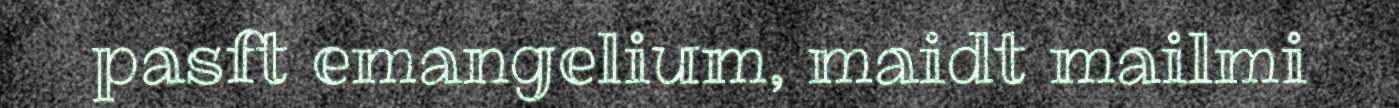
pasft emangelium, maidt mailmi